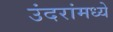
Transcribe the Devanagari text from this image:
उंदरांमध्ये